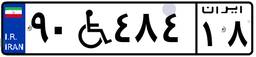
۳۴W۳۵۸۶۲